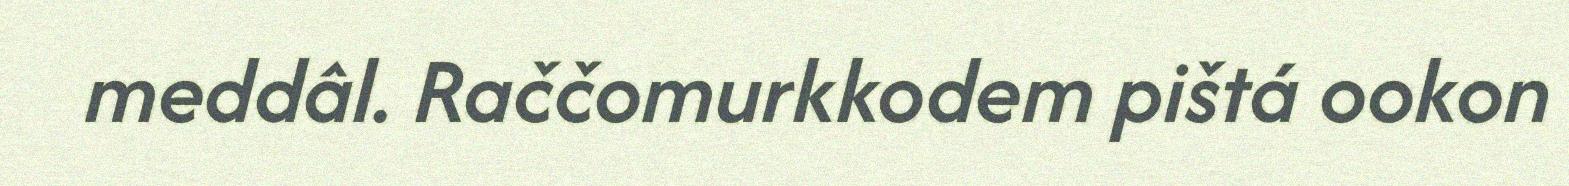
meddâl. Raččomurkkodem pištá ookon